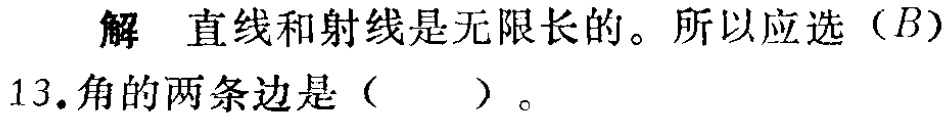
解 直线和射线是无限长的。所以应选（\(B\)）

13.角的两条边是（  ）。